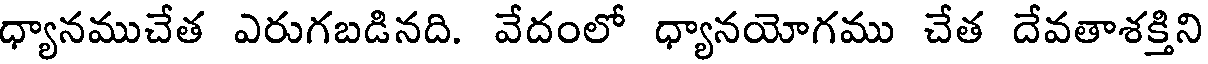
ధ్యానముచేత ఎరుగబడినది. వేదంలో ధ్యానయోగము చేత దేవతాశక్తిని